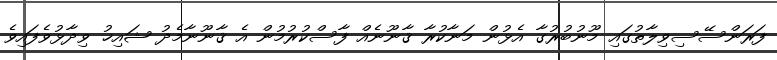
ފަރަންސޭސިވިލާތުގައި މޫނުބުރުގާ އެޅުން މަނާކުރާ ޤާނޫނެއް ފާސްކުރުމުން އެ ޤާނޫނާމެދު ޝައިޚު ވިދާޅުވެފައިވެ